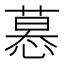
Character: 𢟽